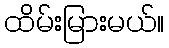
ထိမ်းမြားမယ်။